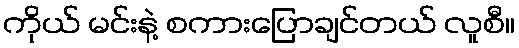
ကိုယ် မင်းနဲ့ စကားပြောချင်တယ် လူစီ။